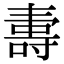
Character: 夀